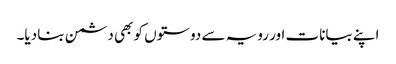
اپنے بیانات اور رویہ سے دوستوں کو بھی دشمن بنا دیا۔